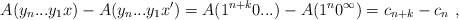
\begin{align*}A(y_n...y_1x) - A(y_n...y_1x') = A(1^{n+k}0...) - A(1^n0^\infty) = c_{n+k} - c_n \ ,\end{align*}